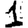
Digit: 1